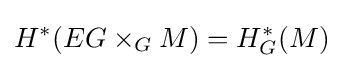
H^{*}(EG\times _{G}M)=H_{G}^{*}(M)